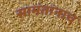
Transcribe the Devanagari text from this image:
सामंतांनाच